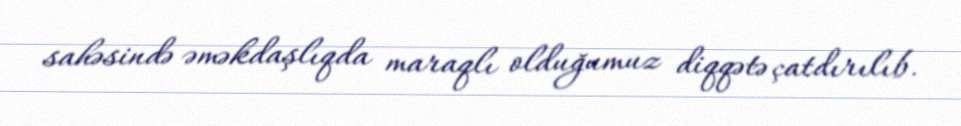
sahəsində əməkdaşlıqda maraqlı olduğumuz diqqətə çatdırılıb.